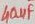
Text: 40µF